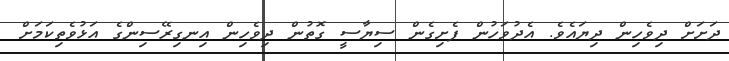
ދަށަށް ދިވެހިން ދިޔައެވެ. އެދުވަހުން ފެށިގެން ސިޔާސީ ގޮތުން ދިވެހިން އިނގިރޭސިންގެ އަޅުވެތިކަމަށް